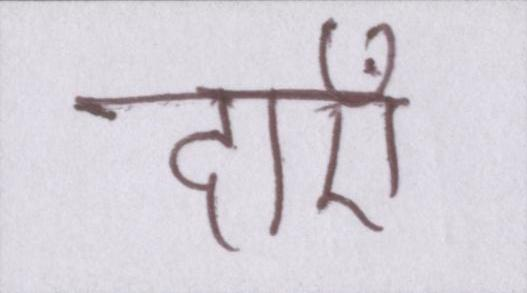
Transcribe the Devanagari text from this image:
दाएँ